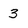
Character: 3